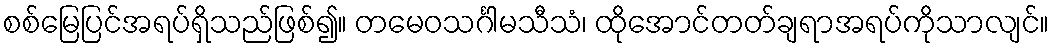
စစ်မြေပြင်အရပ်ရှိသည်ဖြစ်၍။ တမေဝသင်္ဂါမသီသံ၊ ထိုအောင်တတ်ချရာအရပ်ကိုသာလျင်။